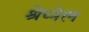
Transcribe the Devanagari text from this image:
श्रेप्नेल